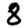
Digit: 8